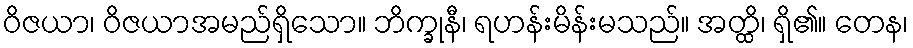
ဝိဇယာ၊ ဝိဇယာအမည်ရှိသော။ ဘိက္ခုနီ၊ ရဟန်းမိန်းမသည်။ အတ္ထိ၊ ရှိ၏။ တေန၊